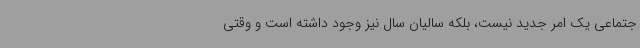
جتماعی یک امر جدید نیست، بلکه سالیان سال نیز وجود داشته است و وقتی